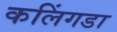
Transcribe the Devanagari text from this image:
कलिंगडा